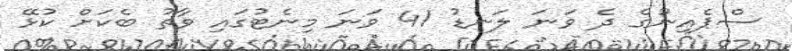
ސްޕެއިނުގެ ދެ ވަނަ ލަނޑު 41 ވަނަ މިނެޓުގައި ވާތު ބެކަށް ކުޅޭ